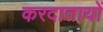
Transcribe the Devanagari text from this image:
करदातायों